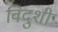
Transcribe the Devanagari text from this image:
विदुशी